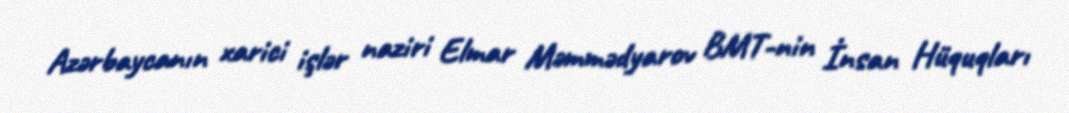
Azərbaycanın xarici işlər naziri Elmar Məmmədyarov BMT-nin İnsan Hüquqları